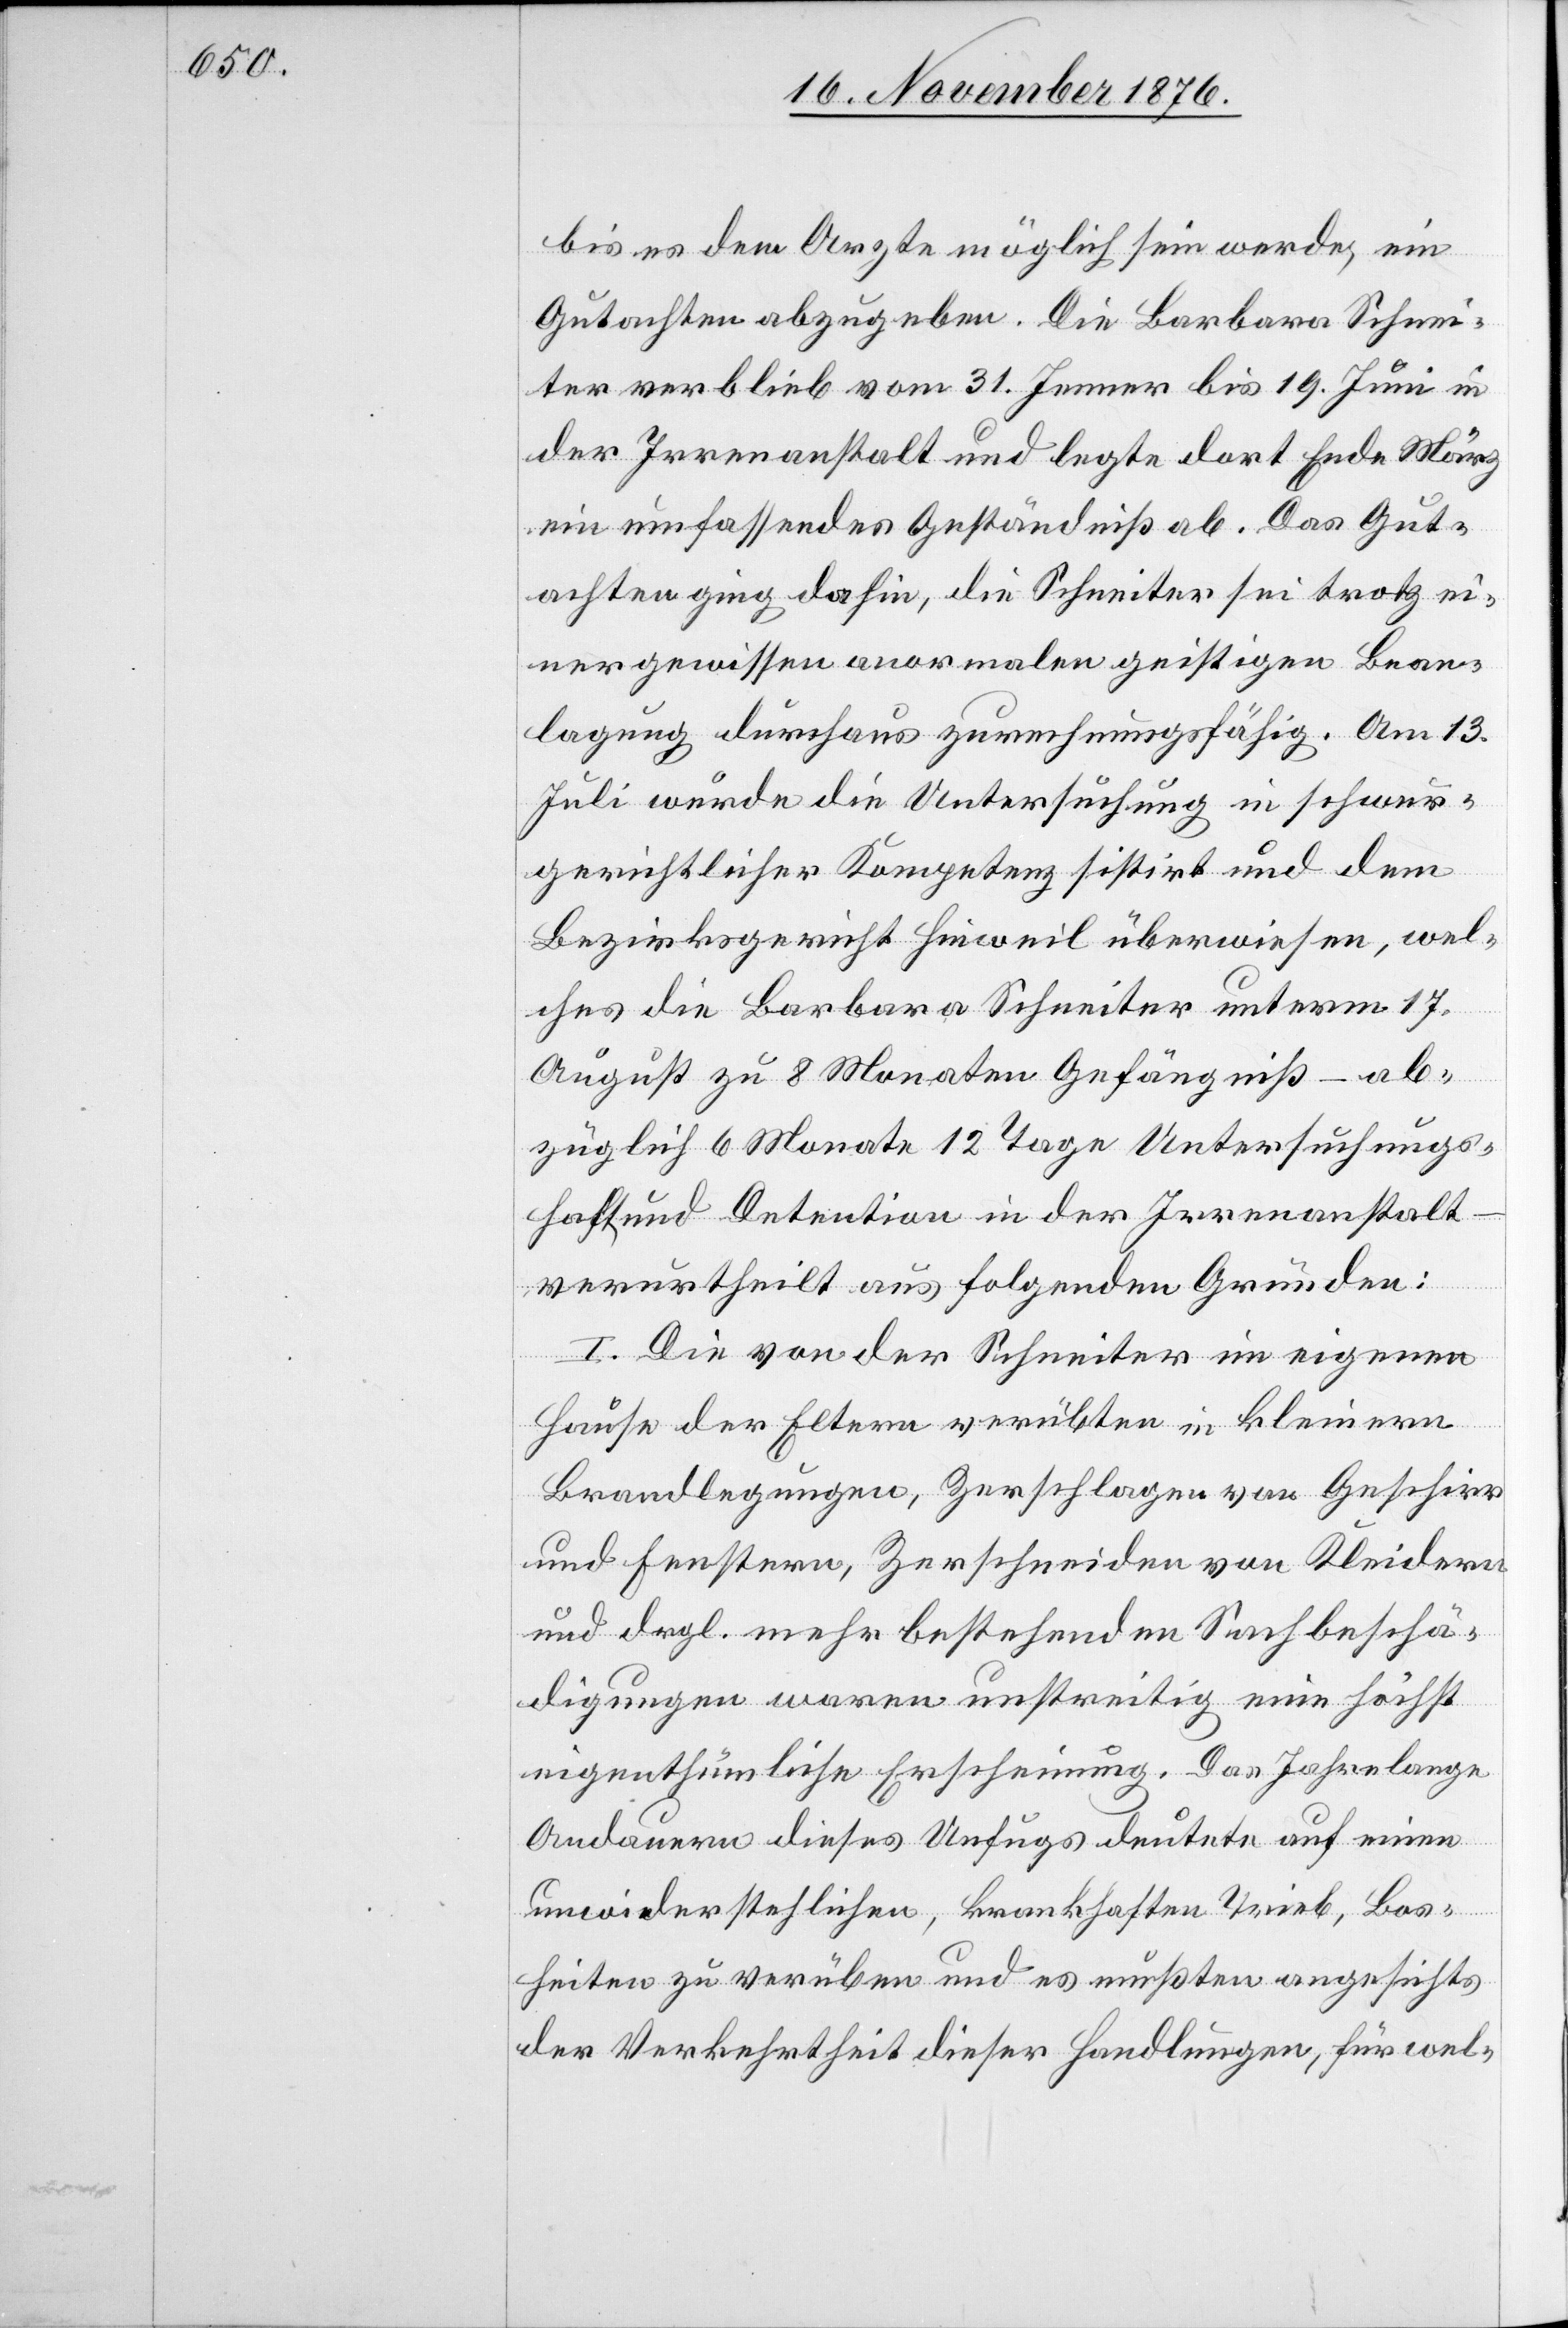
bis es dem Arzte möglich sein werde, ein
Gutachten abzugeben. Die Barbara Schnei¬
ter verblieb vom 31. Jenner bis 19. Juni in
der Irrenanstalt und legte dort Ende März
ein umfassendes Geständniß ab. Das Gut¬
achten ging dahin, die Schneiter sei trotz ei¬
ner gewissen anormalen geistigen Bean¬
lagung durchaus zurechnungsfähig. Am 13.
Juli wurde die Untersuchung in schwur¬
gerichtlicher Kompetenz sistirt und dem
Bezirksgericht Hinweil überwiesen, wel¬
ches die Barbara Schneiter unterm 17.
August zu 8 Monaten Gefängniß – ab¬
züglich 6 Monate 12 Tage Untersuchungs¬
haft und Detention in der Irrenanstalt
verurtheilt aus folgenden Gründen:
I. Die von der Schneiter im eigenen
Hause der Eltern verübten in kleinern
Brandlegungen, Zerschlagen von Geschirr
und Fenstern, Zerschneiden von Kleidern
und dergl. mehr bestehenden Sachbeschä¬
digungen waren unstreitig eine höchst
eigenthümliche Erscheinung. Das Jahrelange
Andauern dieses Unfugs deutete auf einen
unwiderstehlichen, krankhaften Trieb, Bos¬
heiten zu verüben und es mußten angesichts
der Verkehrtheit dieser Handlungen, für wel-